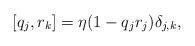
LaTeX: \begin{align*}[q_j,r_k]=\eta (1-q_jr_j)\delta_{j,k},\end{align*}